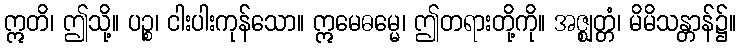
ဣတိ၊ ဤသို့။ ပဉ္စ၊ ငါးပါးကုန်သော။ ဣမေဓမ္မေ၊ ဤတရားတို့ကို။ အဇ္ဈတ္တံ၊ မိမိသန္တာန်၌။